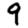
Digit: 9